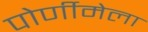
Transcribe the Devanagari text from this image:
पोर्णीमेला